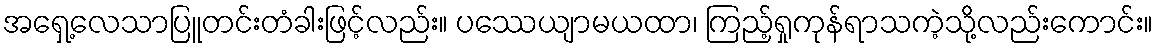
အရှေ့လေသာပြူတင်းတံခါးဖြင့်လည်း။ ပဿေယျာမယထာ၊ ကြည့်ရှုကုန်ရာသကဲ့သို့လည်းကောင်း။